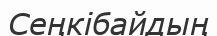
Сеңкібайдың